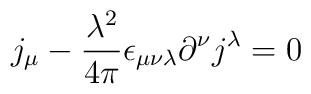
j_{\mu} - \frac{\lambda^{2}}{4\pi} \epsilon_{\mu\nu\lambda}\partial^{\nu}j^{\lambda} = 0